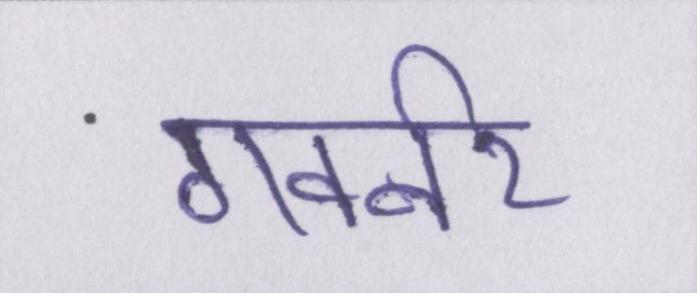
गवर्नर